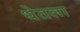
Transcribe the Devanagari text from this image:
धेतला